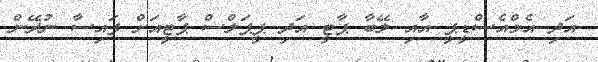
އަދި އެމްއެސްޑީޕީ އާއި ލޭބާ ޕާޓީ އަދި ޕީޕަލްސް ޕާޓީއަށް ފައިސާ ނުދޭން